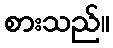
စားသည်။